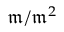
{ \mathfrak { m } } / { \mathfrak { m } } ^ { 2 }